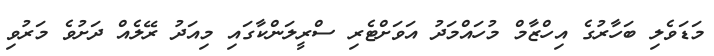
މަޑަވެލި ބަހާރުގެ އިހްޒާމް މުހައްމަދު އަވަށްޓެރި ސްރީލަންކާގައި މިއަދު ރޭލެއް ދަށުވެ މަރުވި